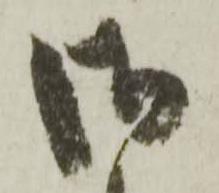
御